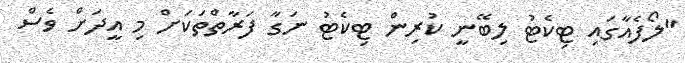
"ލޯފެއާގައި ޓިކެޓު ލިބޭނީ ކުރިން ޓިކެޓު ނަގާ ފަރާތްތަކަށް މި އީދަށް ވެސް